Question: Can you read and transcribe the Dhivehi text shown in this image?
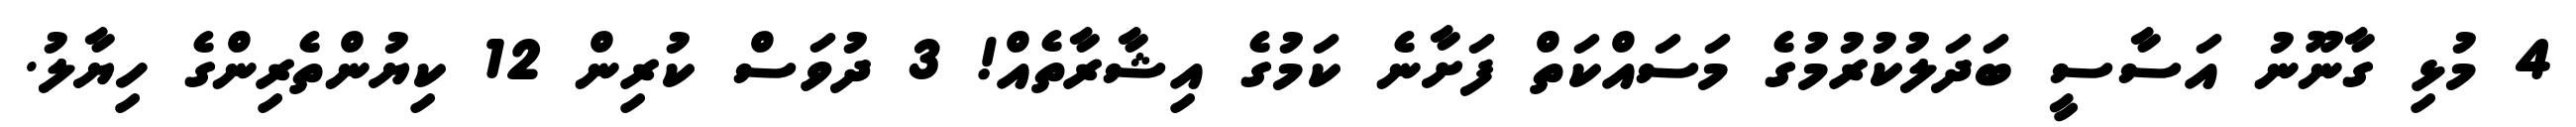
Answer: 4 މުޅި ގާނޫނު އަސާސީ ބަދަލުކުރުމުގެ މަސައްކަތް ފަށާނެ ކަމުގެ އިޝާރާތެއް! 3 ދުވަސް ކުރިން 12 ކިޔުންތެރިންގެ ހިޔާލު.